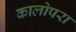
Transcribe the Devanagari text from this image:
कालोपरा